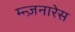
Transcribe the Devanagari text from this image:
म्न्ज़नारेस